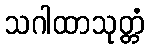
သဂါထာသုတ္တံ